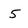
Character: 5